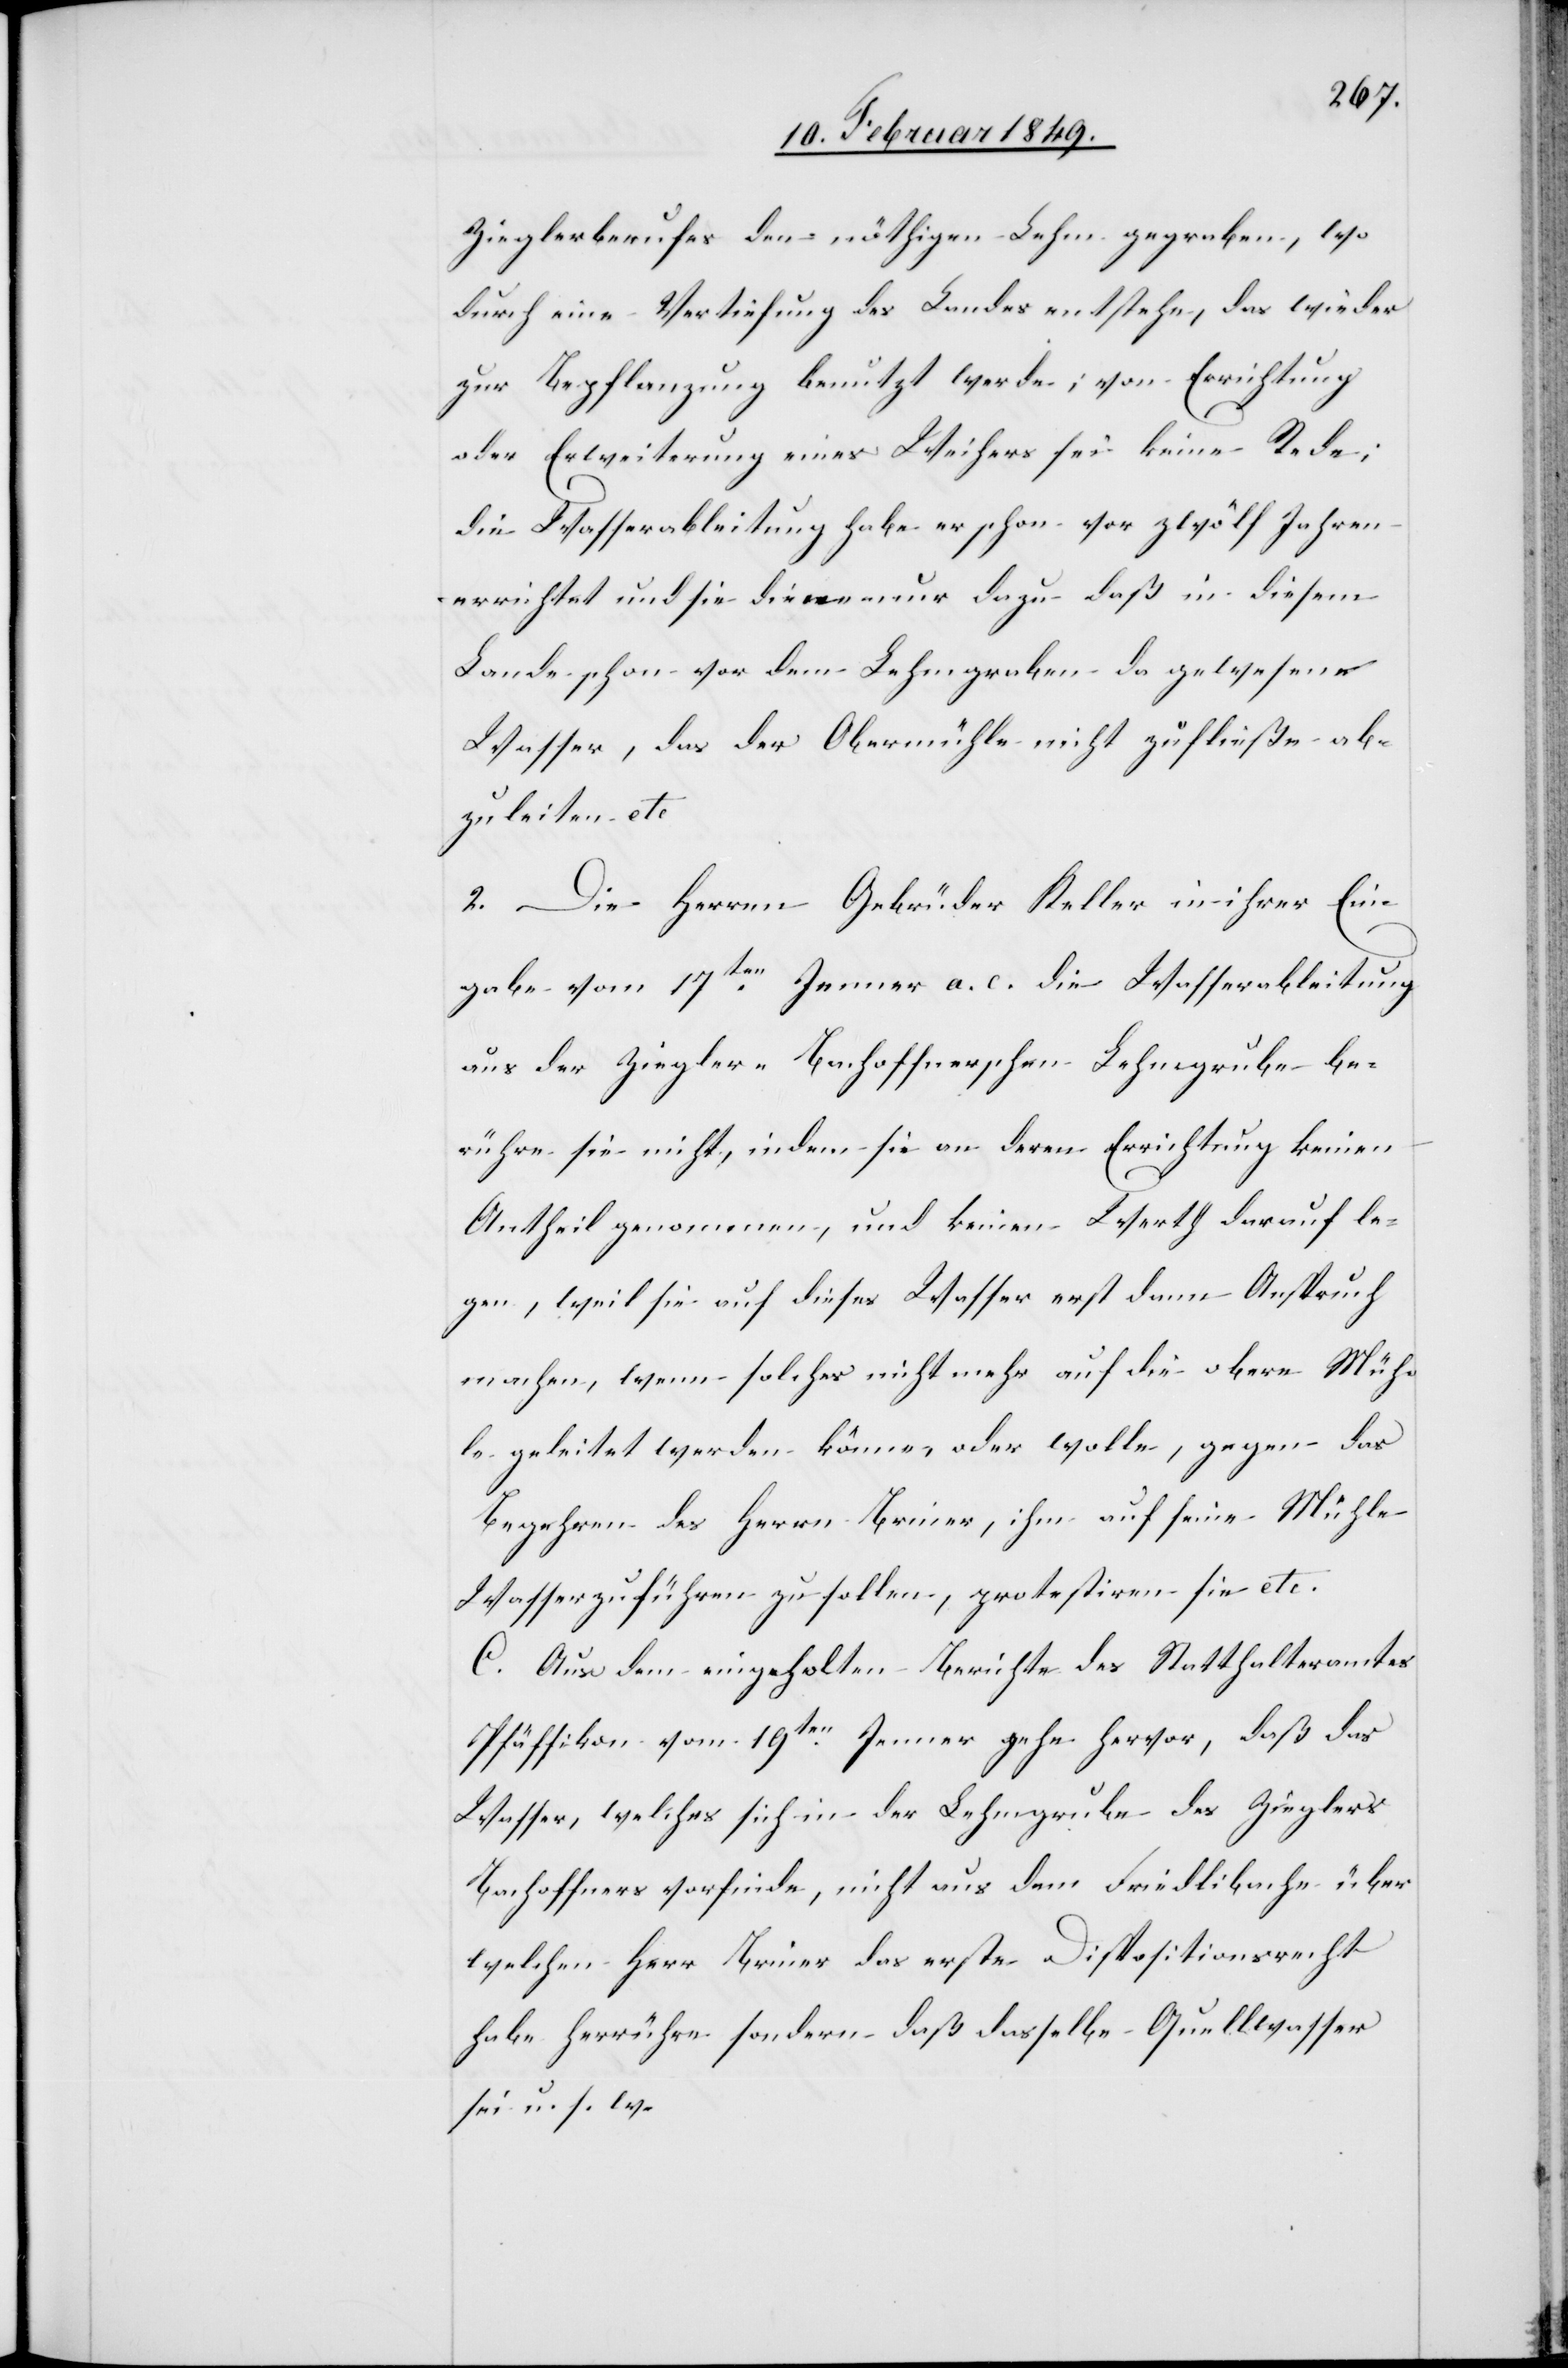
Zieglerberufes den nöthigen Lehm gegraben, wo
durch eine Vertiefung des Landes entstehe, das wieder
zur Bepflanzung benutzt werde; von Errichtung
oder Erweiterung eines Weihers sei keine Rede;
die Wasserableitung habe er schon vor zwölf Jahren
errichtet und sie diene nur dazu daß in diesem
Lande schon vor dem Lehmgraben da gewesene
Wasser, das der Obermühle nicht zufließe ab¬
zuleiten etc.
2. Die Herren Gebrüder Keller in ihrer Ein¬
gabe vom 17ten. Jenner a. c. die Wasserableitung
aus der Ziegler-Bachoffnerschen Lehmgrube be¬
rühre sie nicht, indem sie an deren Errichtung keinen
Antheil genommen, und keinen Werth darauf le¬
gen, weil sie auf dieses Wasser erst dann Anspruch
machen, wenn solches nicht mehr auf die obere Müh¬
le geleitet werden könne, oder wolle, gegen das
Begehren des Herrn Briner, ihm auf seine Mühle
Wasser zuführen zu sollen, protestiren sie etc.
C. Aus dem eingeholten Berichte des Statthalteramtes
Pfäffikon vom 19ten. Jenner gehe hervor, daß das
Wasser, welches sich in der Lehmgrube des Zieglers
Bachoffners vorfinde, nicht aus dem Friedlibache über
welchen Herr Briner das erste Dispositionsrecht
habe herrühre sonder daß dasselbe Quellwasser
sei u. s. w.